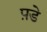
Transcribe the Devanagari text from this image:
प़डे